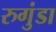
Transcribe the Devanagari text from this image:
रुगुंडा